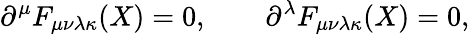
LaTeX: \partial^{\mu}F_{\mu\nu\lambda\kappa}(X)=0,\qquad\partial^{\lambda}F_{\mu\nu\lambda\kappa}(X)=0,